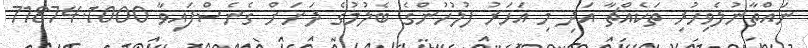
ނައްތާނުލެވިހުރި ތަކެއްޗާ އަދި މި އަހަރު ފުލުހުންގެ ބެލުމުގެ ދަށަށް ގެނެސްފައިވާ 71874.1000